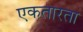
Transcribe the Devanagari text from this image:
एकतारता